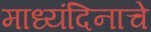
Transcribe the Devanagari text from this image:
माध्यंदिनाचे